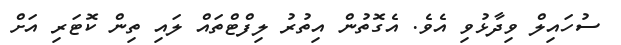
ސުހައިލް ވިދާޅުވި އެވެ. އެގޮތުން އިތުރު ލިފްޓްތައް ލައި ތިން ކޮޓަރި އަށް